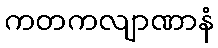
ကတကလျာဏာနံ